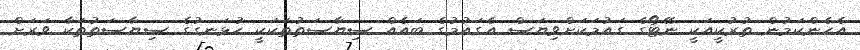
އެހެންކަމުން ތުރުކީއަކީ ނޭޓޯގެ ގައުމަކަށްވިޔަސް އެގައުމުގެ ބައެއް ސިޔާސަތުތަކަކީ ހުޅަނގުގެ ސިޔާސަތުތަކާ ވަރަށް